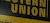
union